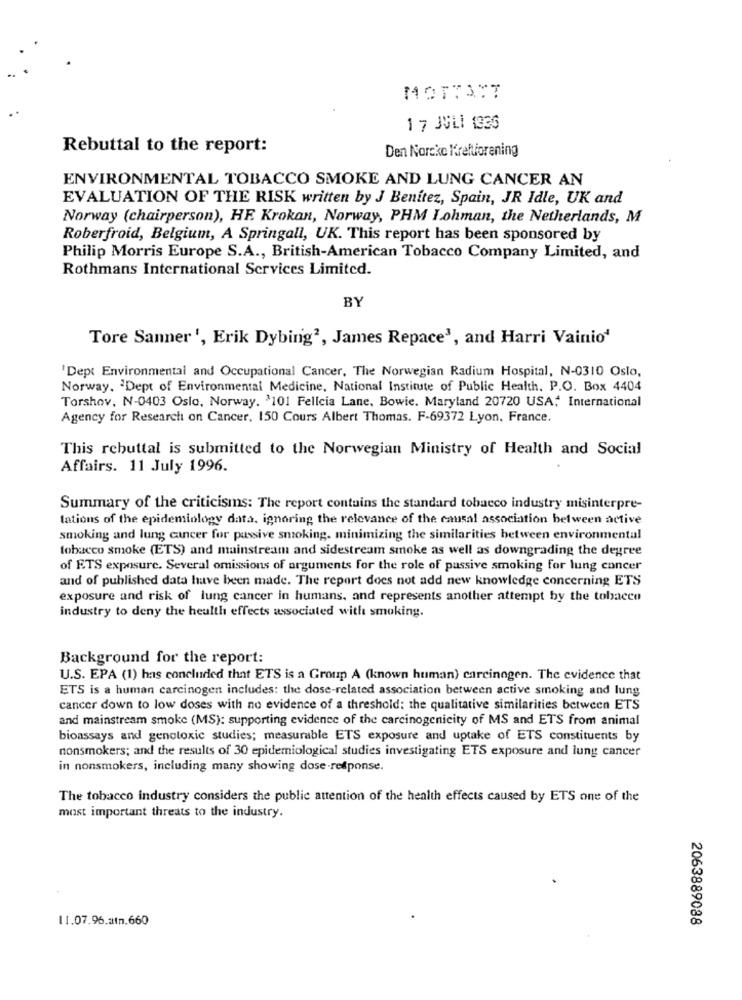
MOTTATT
17 JULI 1336
Rebuttal to the report:
Den Norske Kreftforening
ENVIRONMENTAL TOBACCO SMOKE AND LUNG CANCER AN
EVALUATION OF THE RISK written by J Benitez, Spain, JR Idle, UK and
Norway (chairperson), HE. Krokan, Norway, PHM Lohman, the Netherlands, M
Roberfroid, Belgium, A Springall, UK. This report has been sponsored by
Philip Morris Europe S.A ., British-American Tobacco Company Limited, and
Rothmans International Services Limited.
BY
Tore Sanner', Erik Dybing2, James Repace', and Harri Vainio'
'Dept Environmental and Occupational Cancer, The Norwegian Radium Hospital, N-0310 Oslo,
Norway, 'Dept of Environmental Medicine, National Institute of Public Health. P.O. Box 4404
Torshov, N-0403 Oslo, Norway. 3101 Felicia Lane, Bowie. Maryland 20720 USA; International
Agency for Research on Cancer. 150 Cours Albert Thomas. F-69372 Lyon, France.
This rebuttal is submitted to the Norwegian Ministry of Health and Social
Affairs. 11 July 1996.
Summary of the criticisms: The report contains the standard tobacco industry misinterpre-
tations of the epidemiology data, ignoring the relevance of the causal association between active
smoking and lung cancer for pussive smoking. minimizing the similarities between environmental
tobacco smoke (ETS) and mainstream and sidestream smoke as well as downgrading the degree
of ETS exposure. Several omissions of arguments for the role of passive smoking for lung cancer
and of published data have been made. The report does not add new knowledge concerning ETS
exposure and risk of lung cancer in humans, and represents another attempt by the tobacco
industry to deny the health effects associated with smoking.
Background for the report:
U.S. EPA (1) has concluded that ETS is a Group A (known human) carcinogen. The evidence that
ETS is a human carcinogen includes: the dose-related association between active smoking and lung
cancer down to low doses with no evidence of a threshold: the qualitative similarities between ETS
and mainstream smoke (MS): supporting evidence of the carcinogenicity of MS and ETS from animal
bioassays and genotoxic studies; measurable ETS exposure and uptake of ETS constituents by
nonsmokers; and the results of 30 epidemiological studies investigating ETS exposure and lung cancer
in nonsmokers, including many showing dose response.
The tobacco industry considers the public attention of the health effects caused by ETS one of the
most important threats to the industry.
11.07.96.atn.660
2063889088